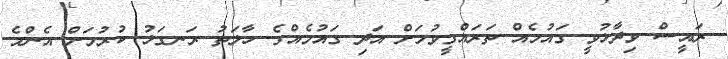
ރައީސް ވިދާޅުވީ ގައުމެއް ތަރައްގީވުމަށް އަދި ގައުމެއްގެ ހާލަތު ރަނގަޅު ކުރުމަށް އެންމެ